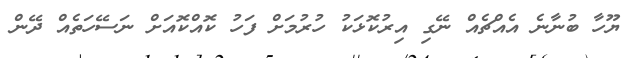
ޔޫހާ ބުނާނެ އެއްޗެއް ނޭގި އިރުކޮޅަކު ހުރުމަށް ފަހު ކޮއްކޮއަށް ނަސޭހަތެއް ދޭން